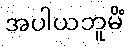
အပါယဘူမိံ